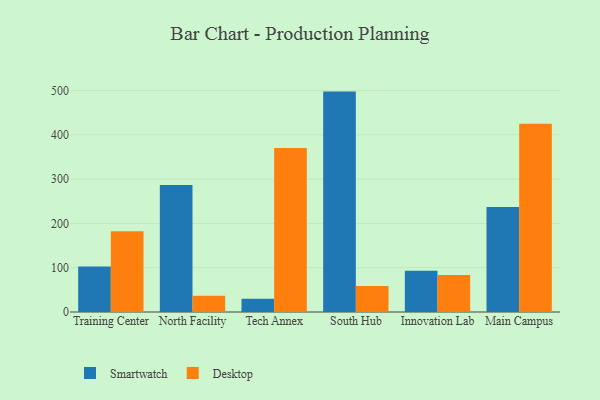
{"axis": {"x": "Campus", "y": "Website Visitors"}, "legend": ["Desktop", "Smartwatch"], "data": [{"x": "Training Center", "y": 102.5, "type": "Smartwatch"}, {"x": "Training Center", "y": 182.3, "type": "Desktop"}, {"x": "North Facility", "y": 286.9, "type": "Smartwatch"}, {"x": "North Facility", "y": 36.9, "type": "Desktop"}, {"x": "Tech Annex", "y": 29.9, "type": "Smartwatch"}, {"x": "Tech Annex", "y": 370.2, "type": "Desktop"}, {"x": "South Hub", "y": 497.5, "type": "Smartwatch"}, {"x": "South Hub", "y": 58.9, "type": "Desktop"}, {"x": "Innovation Lab", "y": 93.3, "type": "Smartwatch"}, {"x": "Innovation Lab", "y": 83.5, "type": "Desktop"}, {"x": "Main Campus", "y": 237.1, "type": "Smartwatch"}, {"x": "Main Campus", "y": 425.0, "type": "Desktop"}]}